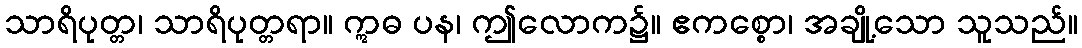
သာရိပုတ္တ၊ သာရိပုတ္တရာ။ ဣဓ ပန၊ ဤလောက၌။ ဧကစ္စော၊ အချို့သော သူသည်။